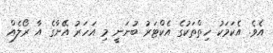
އެވެ. އެކަމަކު ހިތްތަކުގެ އެކްޓަރު ބުނަނީ މި އަހަރު އޭނާގެ އާ ރޯލެއް